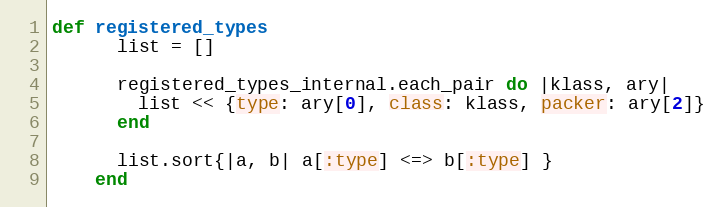
Language: Ruby
def registered_types
      list = []

      registered_types_internal.each_pair do |klass, ary|
        list << {type: ary[0], class: klass, packer: ary[2]}
      end

      list.sort{|a, b| a[:type] <=> b[:type] }
    end